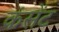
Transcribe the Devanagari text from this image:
कंसेंट